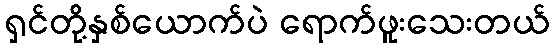
ရှင်တို့နှစ်ယောက်ပဲ ရောက်ဖူးသေးတယ်